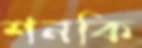
শনকি